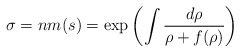
\begin{align*} \sigma=nm(s)=\exp\left(\int\frac{d\rho}{\rho+f(\rho)}\right)\end{align*}